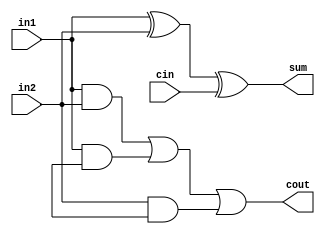
module FA(in1,in2,cin,sum,cout);
   input in1, in2, cin;
   output sum, cout;
	wire out_and0, out_and1, out_and2;
	xor xor_gate(sum, in1, in2, cin);
	and and_gate0(out_and0, in1, in2);
	and and_gate1(out_and1, in1, in3);
	and and_gate2(out_and2, in2, in3);
	or or_gate(cout, out_and0, out_and1, out_and2);	
endmodule